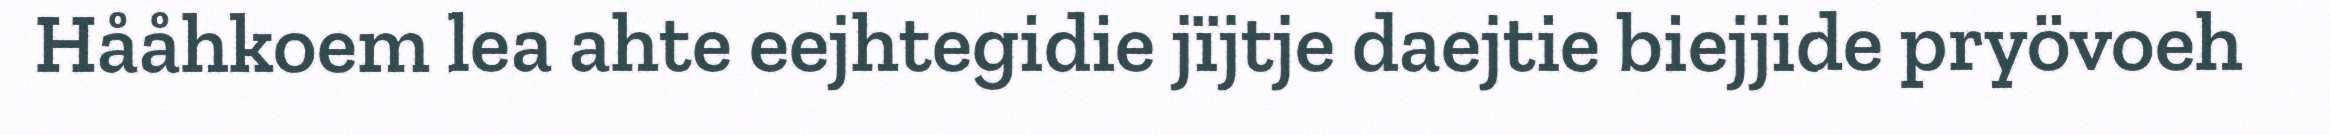
Hååhkoem lea ahte eejhtegidie jïjtje daejtie biejjide pryövoeh